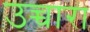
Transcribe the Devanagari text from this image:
उच्चारा